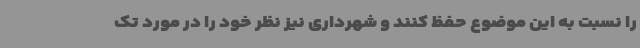
را نسبت به این موضوع حفظ کنند و شهرداری نیز نظر خود را در مورد تک